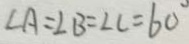
\angle A = \angle B = \angle C = 6 0 ^ { \circ }